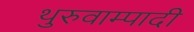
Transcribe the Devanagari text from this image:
थुरुवाम्पादी